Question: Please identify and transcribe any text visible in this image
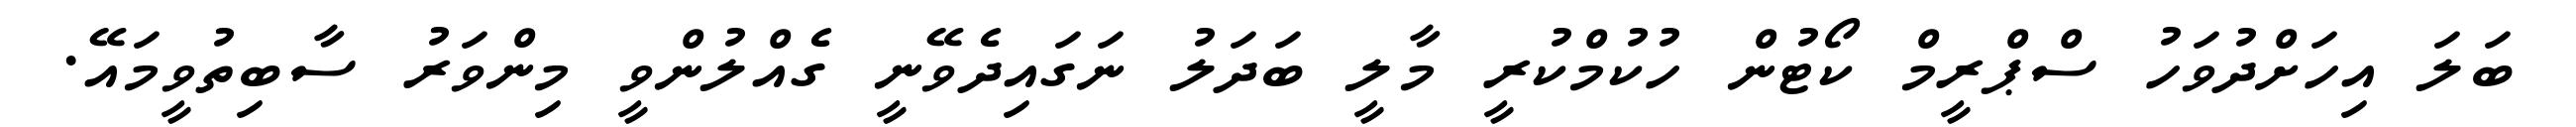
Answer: ބަލަ އިހަށްދުވަހު ސްޕްރީމް ކޯޓުން ހުކުމްކުރީ މާލީ ބަދަލު ނަގައިދެވޭނީ ގެއްލުންވީ މިންވަރު ސާބިތުވީމައޭ.